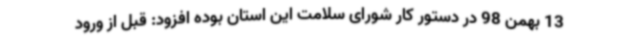
13 بهمن 98 در دستور کار شورای سلامت این استان بوده افزود: قبل از ورود